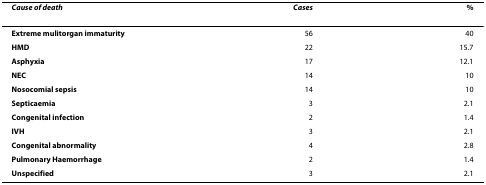
| Cause of death | Cases | % |
 | --- | --- | --- |
 | Extreme mulitorgan immaturity | 56 | 40 |
 | HMD | 22 | 15.7 |
 | Asphyxia | 17 | 12.1 |
 | NEC | 14 | 10 |
 | Nosocomial sepsis | 14 | 10 |
 | Septicaemia | 3 | 2.1 |
 | Congenital infection | 2 | 1.4 |
 | IVH | 3 | 2.1 |
 | Congenital abnormality | 4 | 2.8 |
 | Pulmonary Haemorrhage | 2 | 1.4 |
 | Unspecified | 3 | 2.1 |